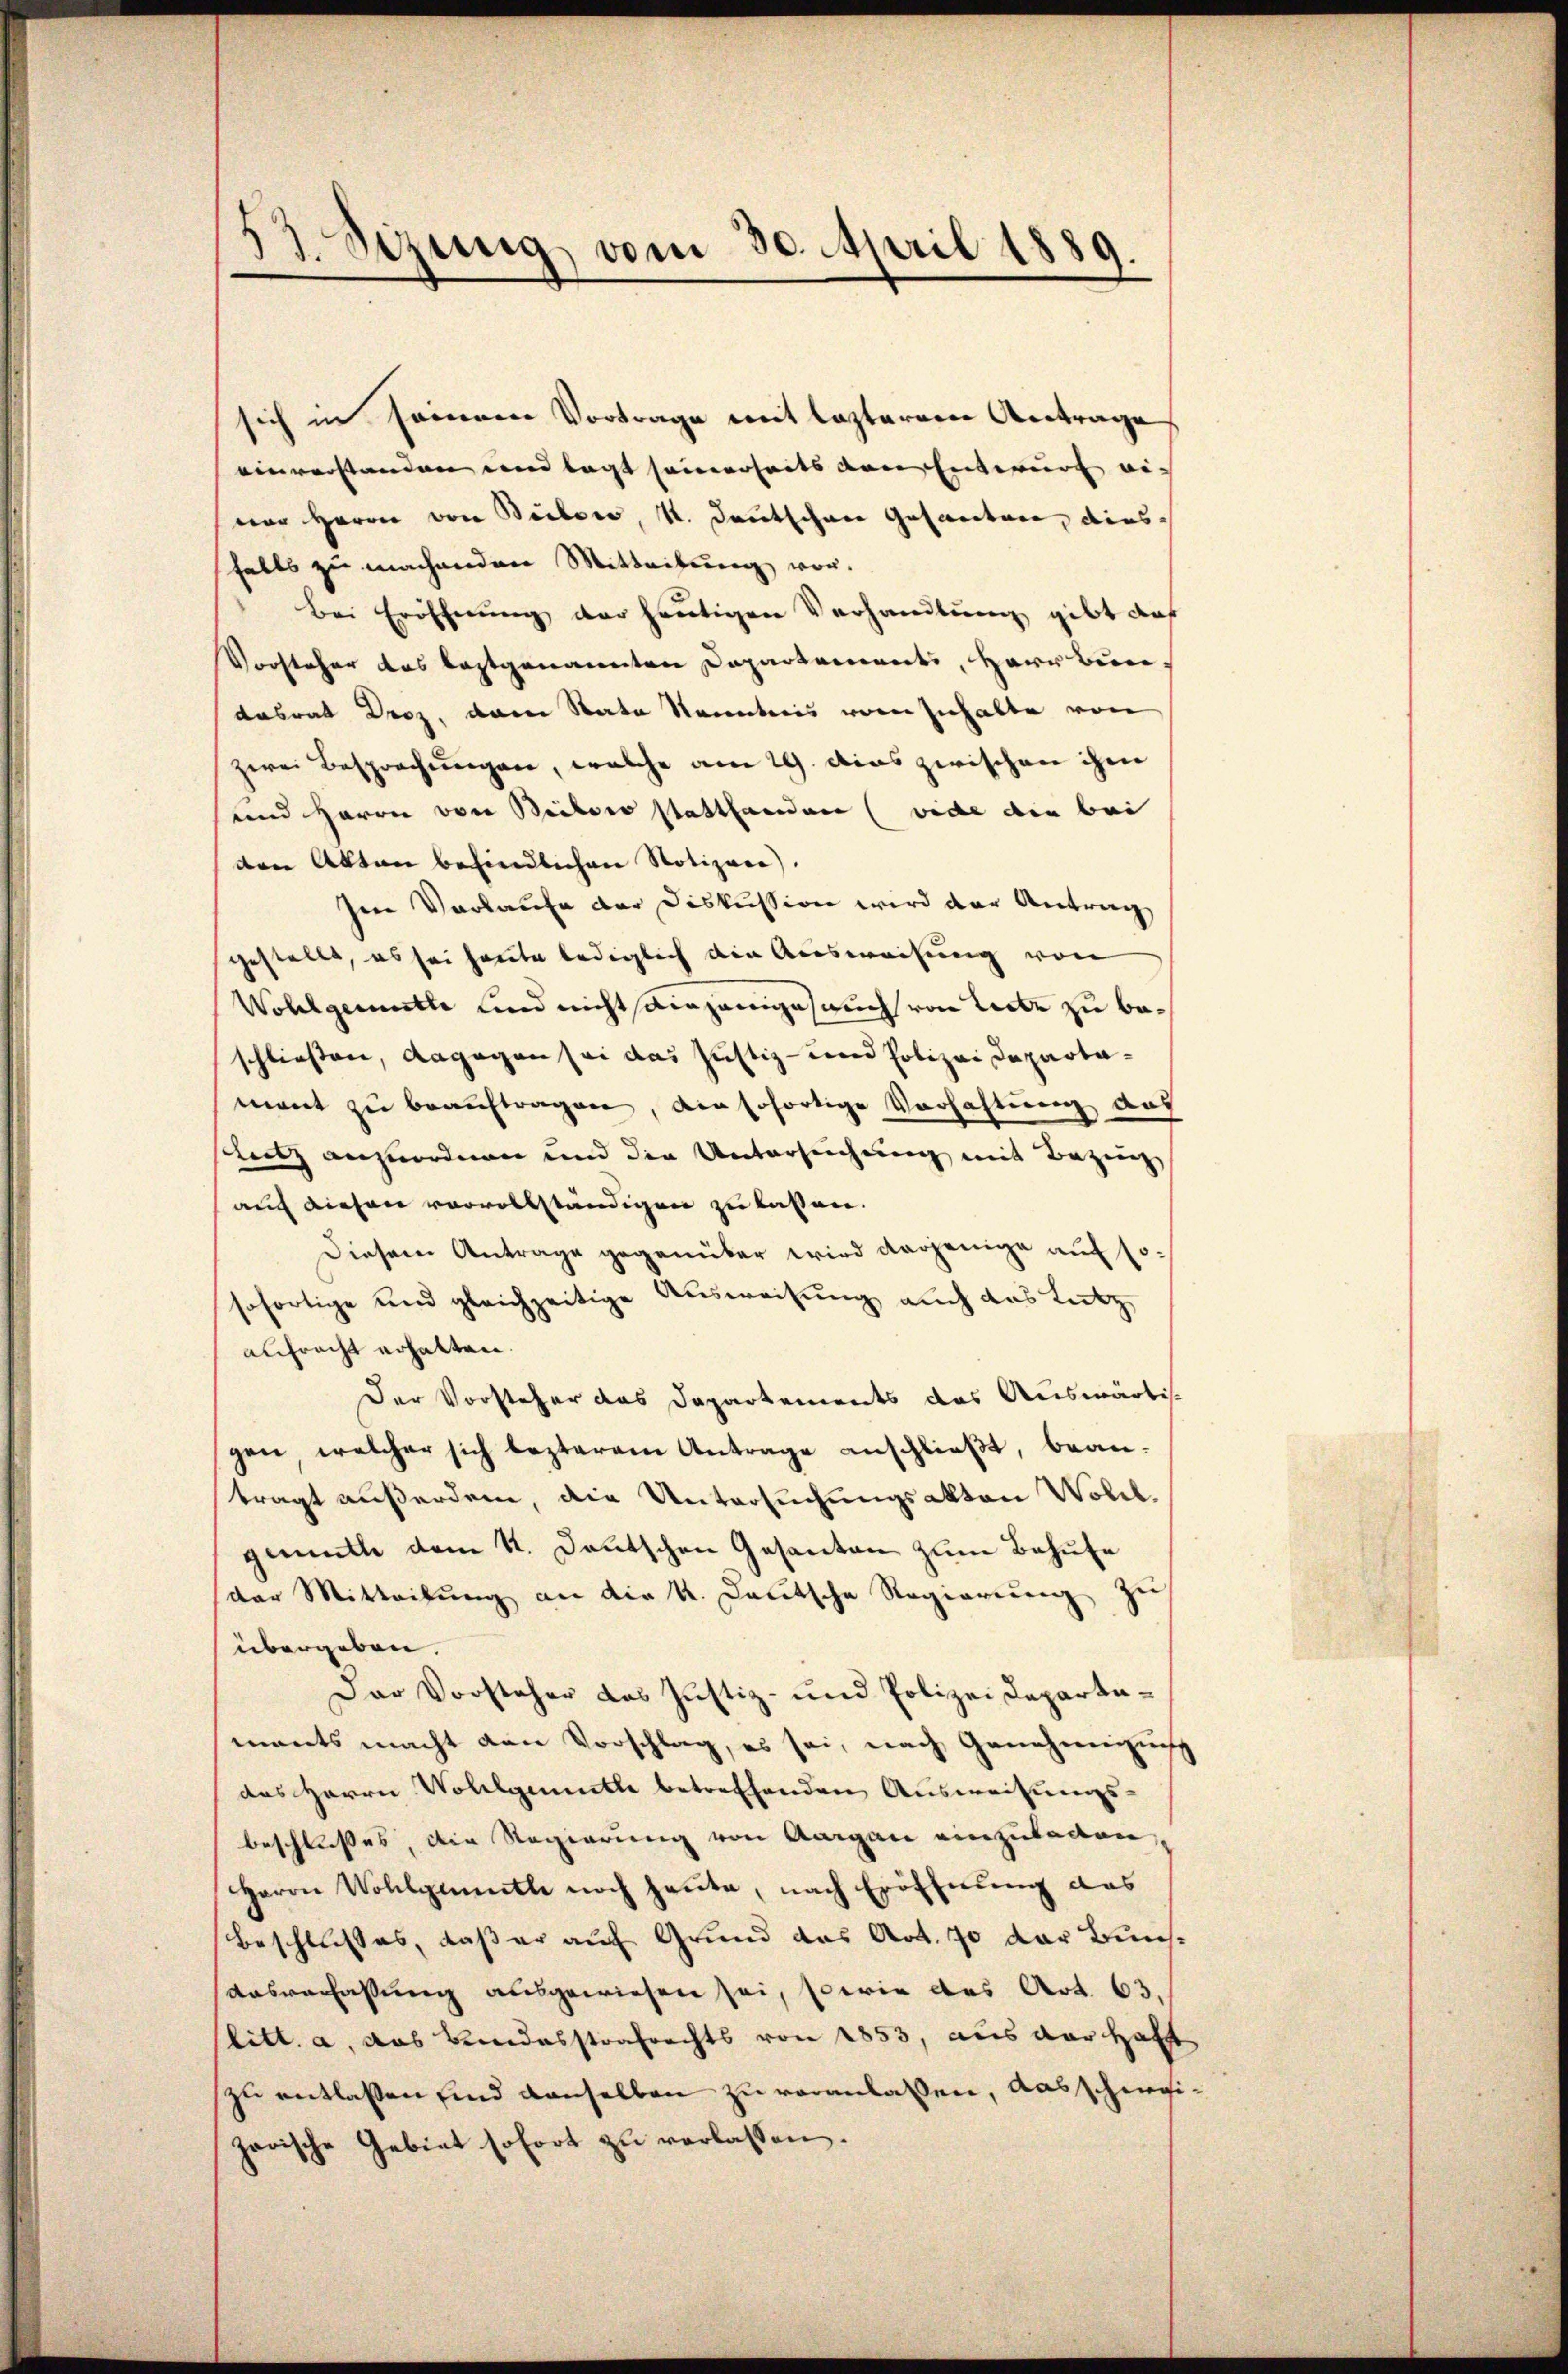
53. Sizung vom 30. April 1889.

sich in seineren Vortrage mit lezterer Antrage
einverstanden und legt seinerseits von Entwurf ei-
vor Herrn von Beilen, 1. Deutschwer Gasanitare, diesfalls zu machenden Mitteilung vor.
Bei Eröffnŭng der heŭtigen Verhandlung gibt auf
Vorsteher das leztgenannten Departements, Herr Bundasrat Droz. dann Rate Kenntnis von Zuhalte von
zwei Besprechungen, welche am 29. Das zwischen ihm
und Herrn von Beibero stattfanden (vide den bei
den Akten befindlichen Notizore).
Im Vorlaufe der Diskussion wird der Antrag
gestellt, es sei heute lediglich die Ausweisung von
Wohlgemuthe und nicht einjeniges auch von Liste zu beschließen, dagegen sei das Justiz- und Polizei Departamant zu beauftragen, die sofortige Verhaltung auf
Lutz anzuordnen und die Untersuchung mit Bezeug,
auch diesen vorvollständigen zu lassen.
Diesem Antrage gegenüber wird derjenige auf so
sofortige und gleichzeitige Ausweisung auch das Lutz,
aufracht erhalten.
Der Vorsteher das Departements das Auswärtig
gen, welcher sich lezterem Antrage anschlieβt, bean-
tragt außerdem, die Untersuchungsakten Woll
gemuth dem K. Deutschen Gesanten zum Behufe
e
der Mitteilung an die K. Deutsche Regierung zu
übergeben.
Der Vorsteher das Justiz- und Polizei Departemants macht von Vorschlag, es sei, nach Genehmigun
das Herrn Wollgemuthe betreffenden Ausweisungs-
beschlusses die Regierung von Aargau einzuladen,
Herrn Wohlgemuth noch heute, nach Eröffnung das
Beschlusses, daß er auf Grund das Art. 70 der Kuns¬
Ausverfassung ausgewiesen sei, sowie des Art. 63.
litt. a., das Bundesstrafrechts von 1853, aus der Haft
zu entlassen sind denselben zu veranlassen, ausschweizerische Gebiet sofort zu verlassen.